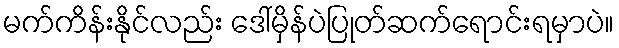
မက်ကိန်းနိုင်လည်း ဒေါ်မှိန်ပဲပြုတ်ဆက်ရောင်းရမှာပဲ။